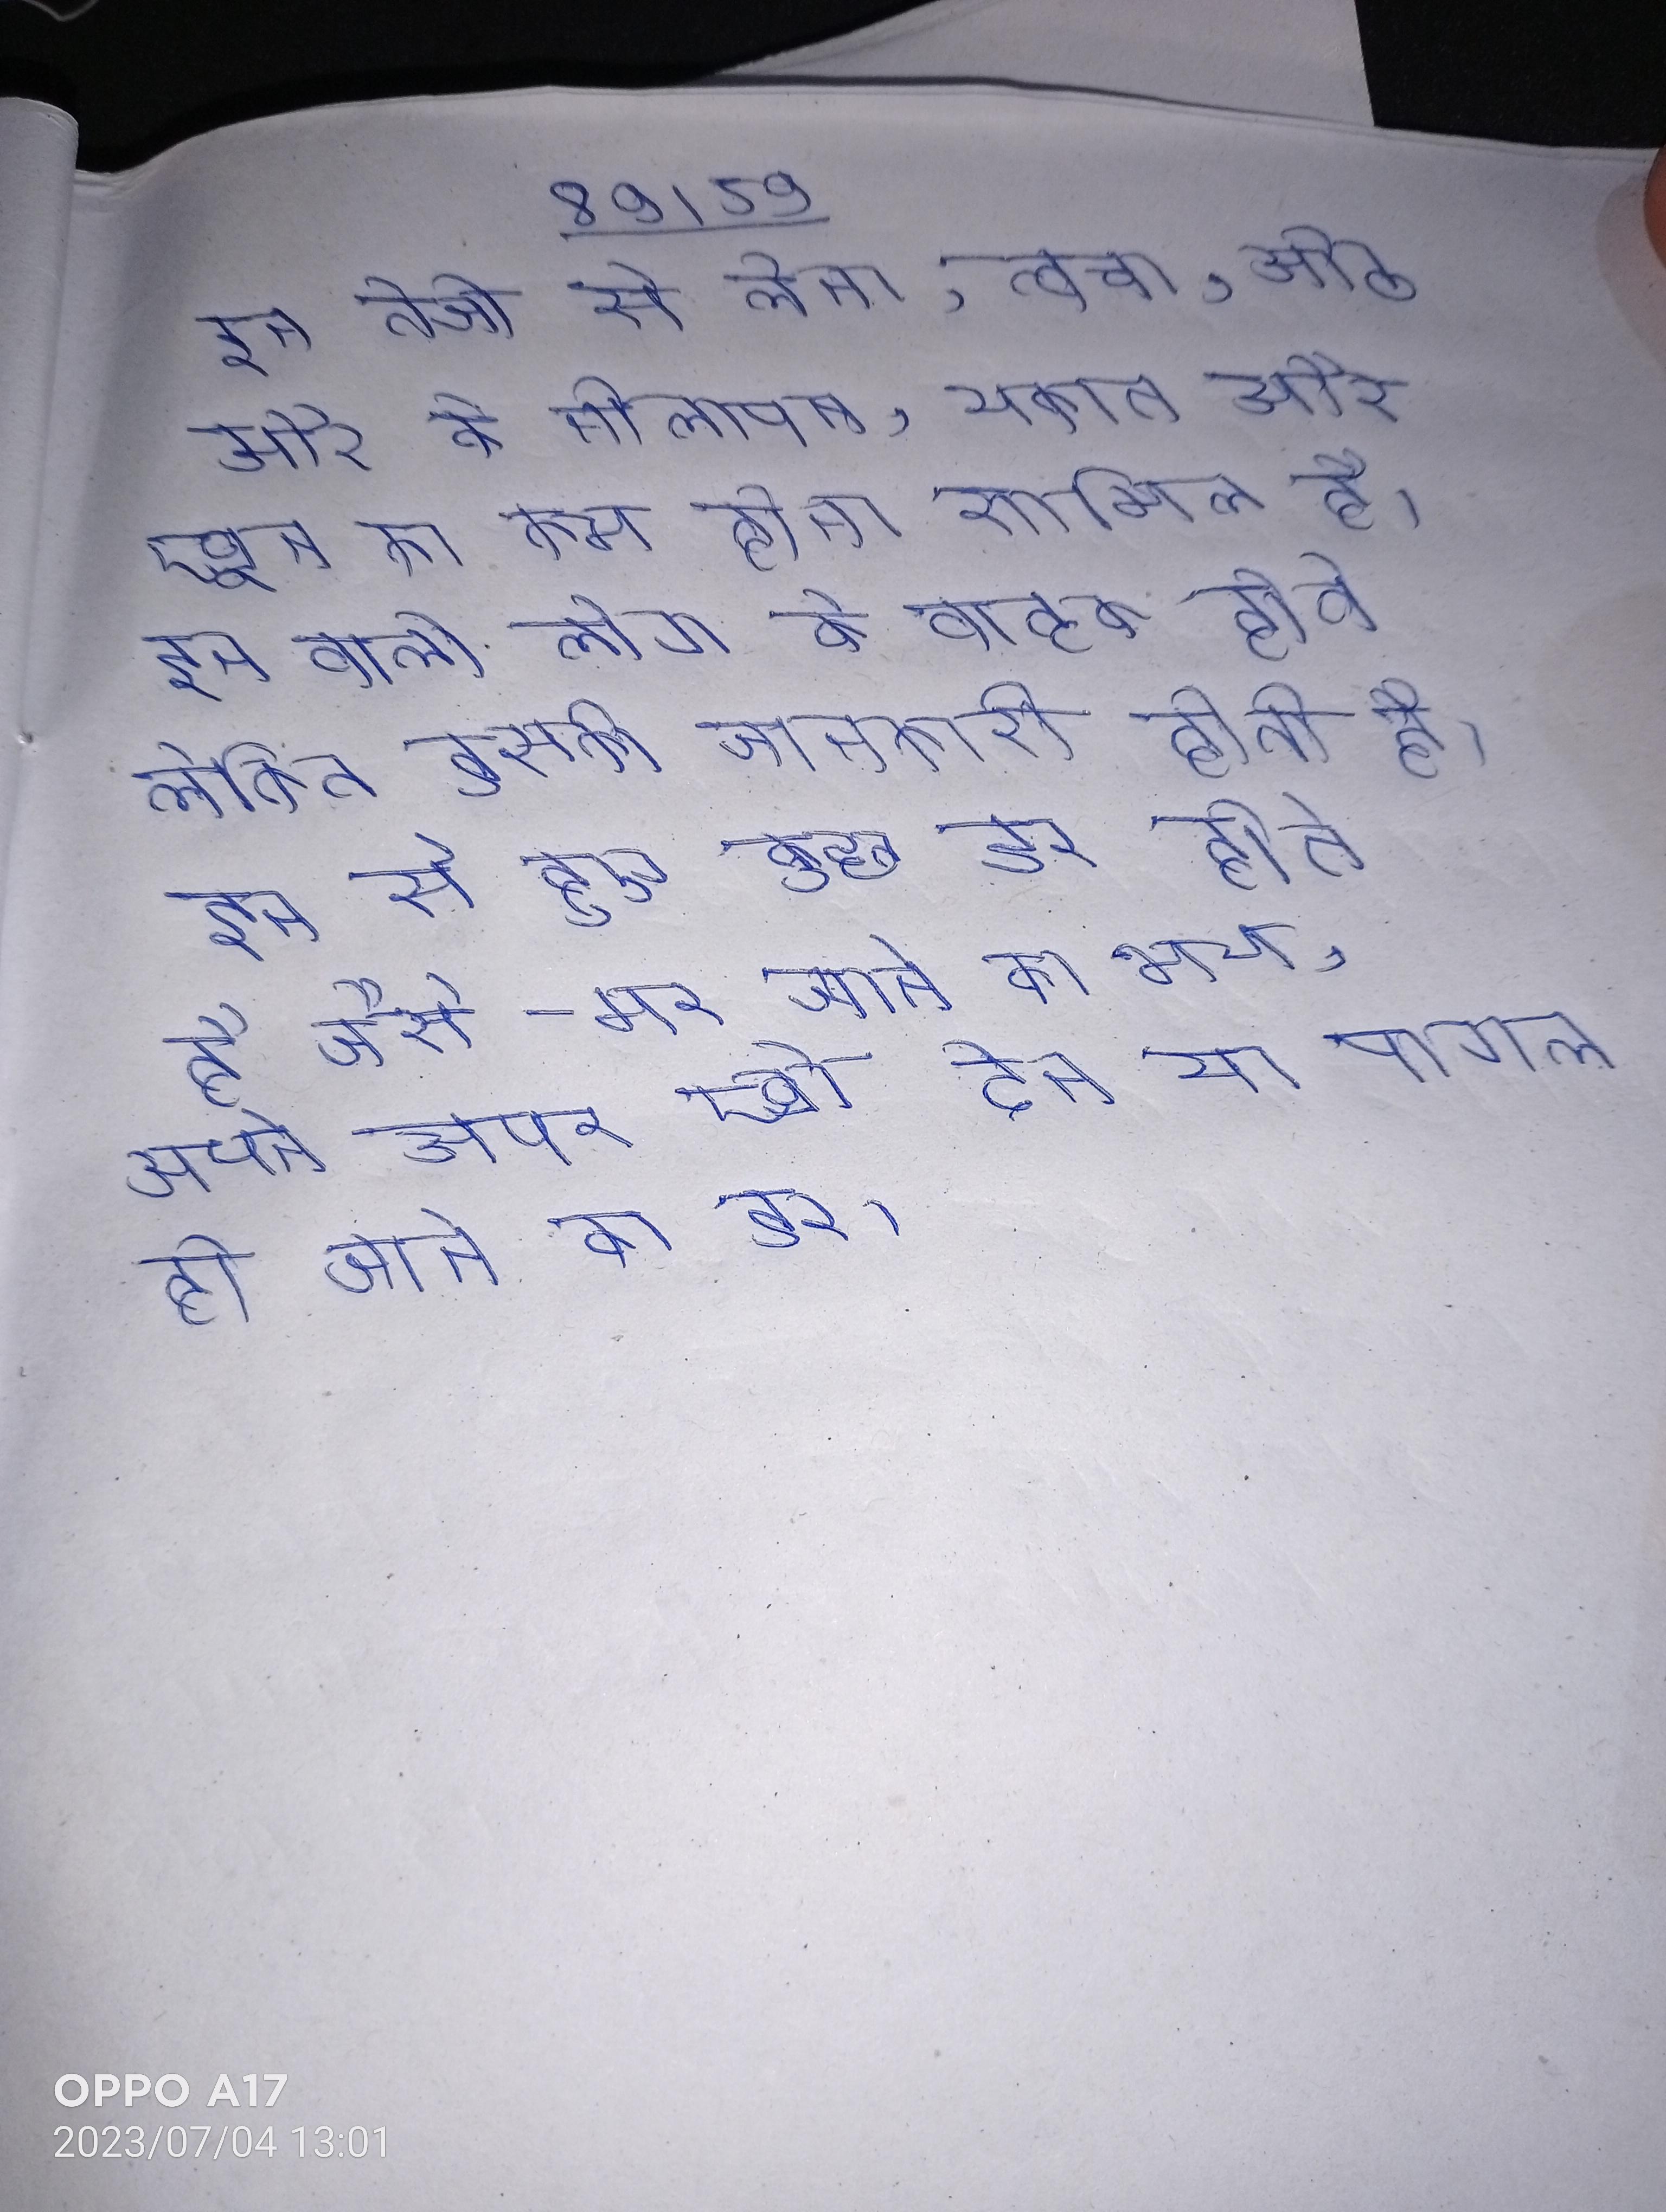
इन तेजी से लेना, त्वचा, ओठ और के नीलापन, थकान और खून का कम होना शामिल है । इन वाले लोग के वाहक होते लेकिन इसकी जानकारी होती है । इन से हुए कुछ डर होते है जैसे-मर जाने का भय, अपने ऊपर खो देने या पागल हो जाने का डर ।